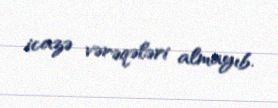
icazə vərəqələri almayıb.